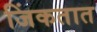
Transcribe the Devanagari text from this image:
जिंकतात